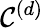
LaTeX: \mathcal{C}^{(d)}